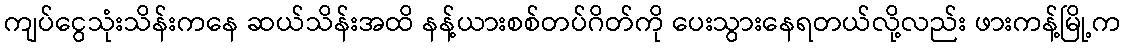
ကျပ်ငွေသုံးသိန်းကနေ ဆယ်သိန်းအထိ နန့်ယားစစ်တပ်ဂိတ်ကို ပေးသွားနေရတယ်လို့လည်း ဖားကန့်မြို့က